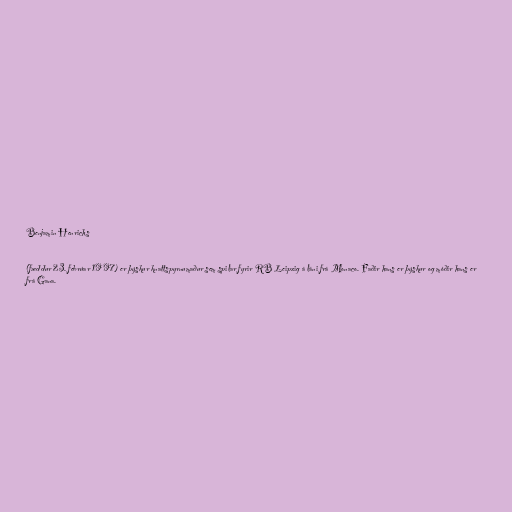
Benjamin Henrichs

(fæddur 23. febrúar 1997) er þýskur knattspyrnumaður sem spilar fyrir RB Leipzig á láni frá Monaco. Faðir hans er þýskur og móðir hans er
frá Gana.